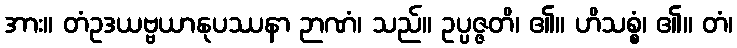
အား။ တံဥဒယဗ္ဗယာနုပဿနာ ဉာဏံ၊ သည်။ ဥပ္ပဇ္ဇတိ၊ ၏။ ဟိသစ္စံ၊ ၏။ တံ၊